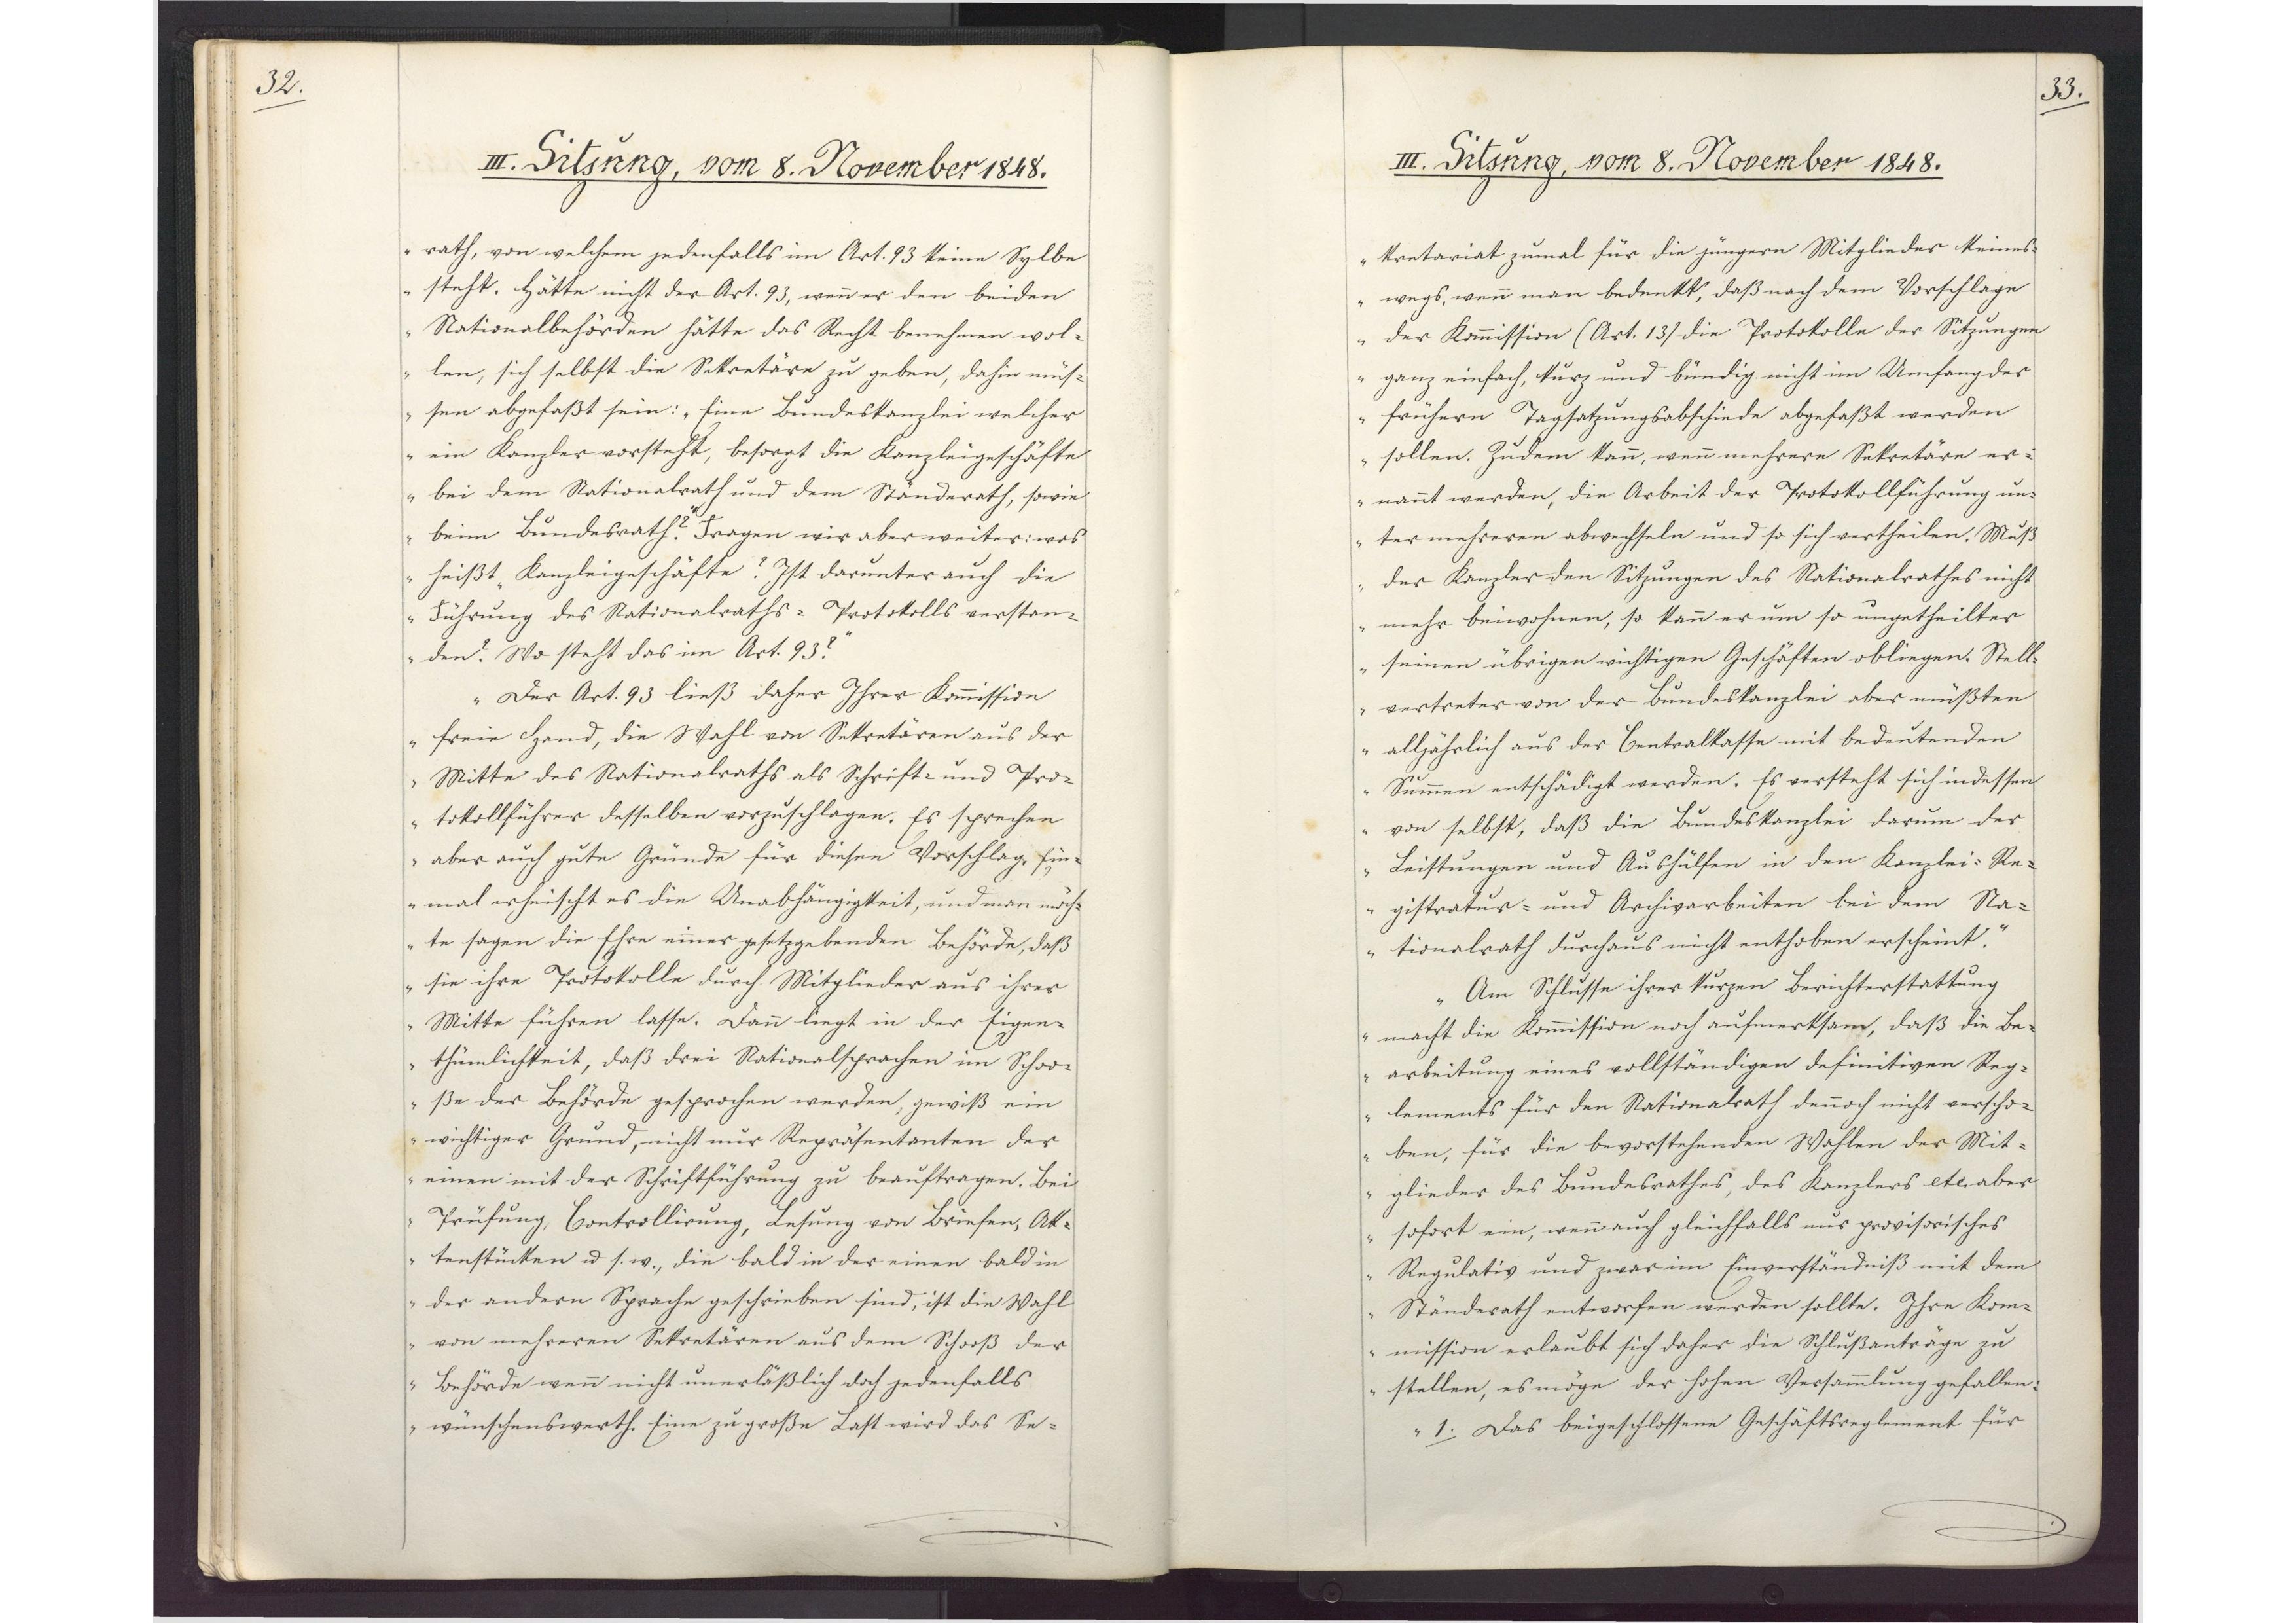
32.

III. Sitzung, vom 8. November 1848.

rath, von welchem jedenfalls im Art. 93 keine Sylbe
steht. Hätte nicht der Art. 93, wenn er den beiden
Nationalbehörden hätte das Recht benehmen wol¬
len, sich selbst die Sekretäre zu geben, dahin müs¬
sen abgefaßt sein: "Eine Bundeskanzlei welcher
ein Kanzler vorsteht, besorgt die Kanzleigeschäfte
bei dem Nationalrath und dem Ständerath, sowie
beim Bundesrath?" Fragen wir aber weiter: was
heißt "Kanzleigeschäfte? Ist darunter auch die
Führung des Nationalraths-Protokolls verstan¬
den? Wo steht das im Art. 93?"
Der Art. 93 ließ daher Ihrer Kommission
freie Hand, die Wahl von Sekretären aus der
Mitte des Nationalraths als Schrift- und Pro¬
tokollführer desselben vorzuschlagen. Es sprechen
aber auch gute Gründe für diesen Vorschlag. Ein¬
mal erheischt es die Unabhängigkeit, und man möch¬
te sagen die Ehre einer gesetzgebenden Behörde, daß
sie ihre Protokolle durch Mitglieder aus ihrer
Mitte führen lasse. Dann liegt in der Eigen¬
thümlichkeit, daß drei Nationalsprachen im Schoo¬
ße der Behörde gesprochen werden, gewiß ein
wichtiger Grund, nicht nur Repräsentanten der
einen mit der Schriftführung zu beauftragen. Bei
Prüfung, Controllirung, Lesung von Briefen, Ak¬
tenstücken u s. w., die bald in der einen bald in
der andern Sprache geschrieben sind, ist die Wahl
von mehreren Sekretären aus dem Schooß der
Behörde wenn nicht unerläßlich doch jedenfalls
wünschenswerth. Eine zu große Last wird das Se¬

33.

III. Sitzung, 8. November 1848.

kretariat zumal für die jüngern Mitglieder keines¬
wegs, wenn man bedenkt, daß nach dem Vorschlage
der Kommission (Art. 13) die Protokolle der Sitzungen
ganz einfach, kurz und bündig nicht im Umfang der
frühern Tagsatzungsabschiede abgefaßt werden
sollen. Zudem kann, wenn mehrere Sekretäre er¬
nannt werden, die Arbeit der Protokollführung un¬
ter mehreren abwechseln und so sich vertheilen. Muß
der Kanzler den Sitzungen des Nationalrathes nicht
mehr beiwohnen, so kann er um so ungetheilter
seinen übrigen wichtigen Geschäften obliegen. Stell¬
vertreter von der Bundeskanzlei aber mußten
alljährlich aus der Centralkasse mit bedeutenden
Summen entschädigt werden. Es versteht sich indessen
von selbst, daß die Bundeskanzlei darum der
Leistungen und Aushülfen in den Kanzlei-Re¬
gistratur- und Archivarbeiten bei dem Na¬
tionalrath durchaus nicht enthoben erscheint."
Am Schlusse ihrer kurzen Berichterstattung
macht die Kommission noch aufmerksam, daß die Be¬
arbeitung eines vollständigen definitiven Reg¬
lements für den Nationalrath dennoch nicht verscho¬
ben, für die bevorstehenden Wahlen der Mit¬
glieder des Bundesrathes, des Kanzlers etc., aber
sofort ein, wenn auch gleichfalls nur provisorisches
Regulativ und zwar im Einverständniß mit dem
Ständerath entworfen werden sollte. Ihre Kom¬
mission erlaubt sich daher die Schlußanträge zu
stellen, es möge der hohen Versammlung gefallen:
1. Das beigeschlossene Geschäftsreglement für